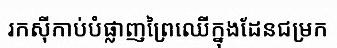
រកស៊ីកាប់បំផ្លាញព្រៃឈើក្នុងដែនជម្រក